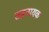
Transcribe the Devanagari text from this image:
तहनायक